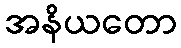
အနိယတော